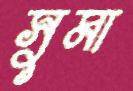
সুমা